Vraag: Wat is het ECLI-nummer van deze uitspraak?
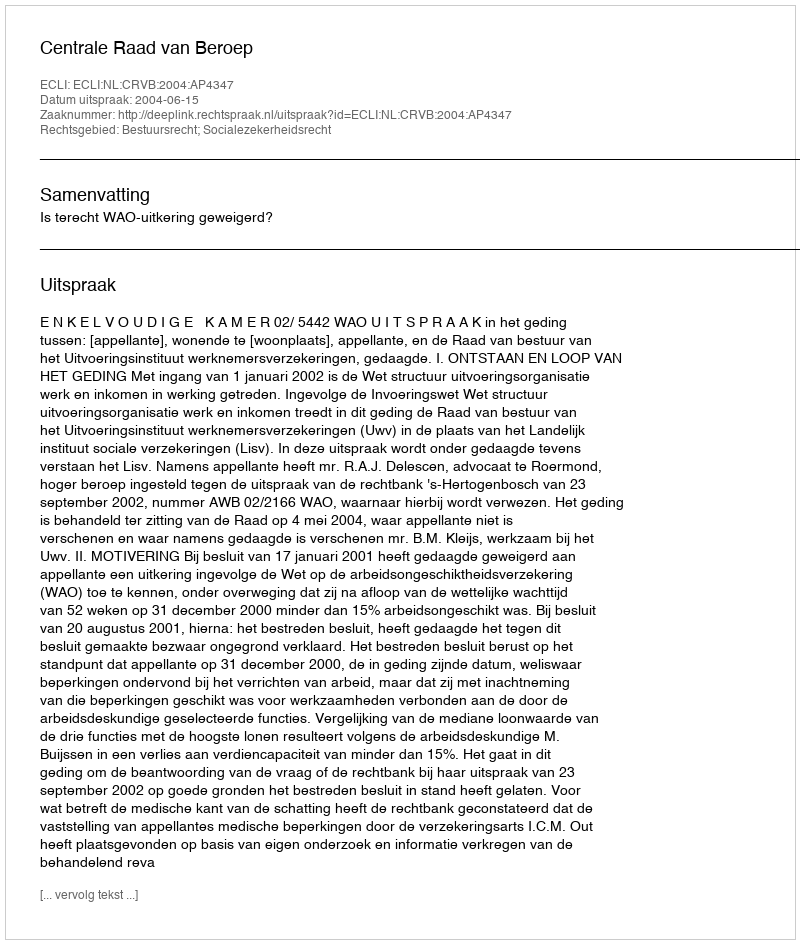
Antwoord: ECLI:NL:CRVB:2004:AP4347